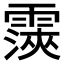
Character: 𮦨